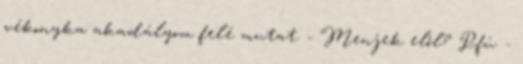
vékonyka akadályom felé mutat. - Menjek elől? Pfú. -